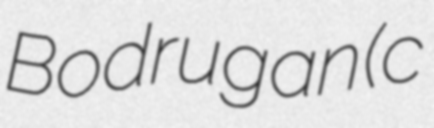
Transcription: Bodrugan (c